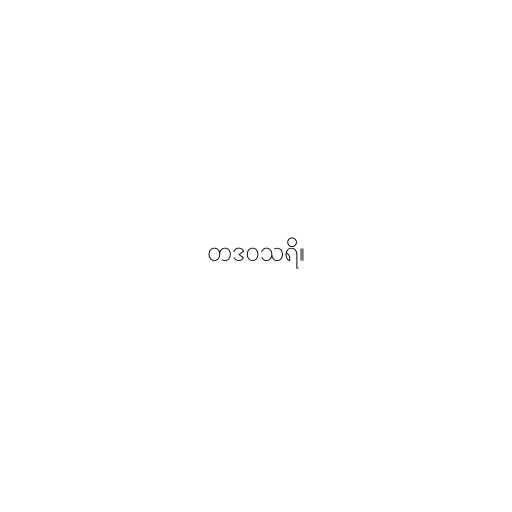
တဒဝသရိ။